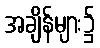
အချိန်များ၌